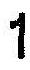
1